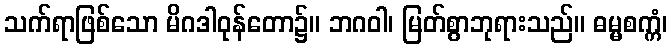
သက်ရာဖြစ်သော မိဂဒါဝုန်တော၌။ ဘဂဝါ၊ မြတ်စွာဘုရားသည်။ ဓမ္မစက္ကံ၊